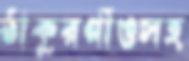
ঠাকুরগাঁওসহ